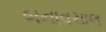
બનાવચાલ